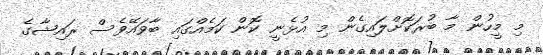
މި މީހުން މާ ބުރަކޮށްލައިގެން މި އުޅެނީ ކޮން ކަމެއްގައި ބާވައޭވެސް ރައިޝާގެ